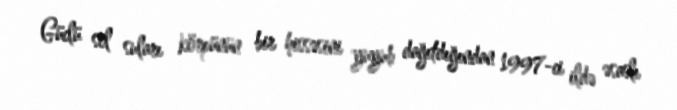
Güclü sel suları körpünün bir hissəsini yuyub dağıtdığından 1997-ci ildə əsaslı